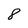
Character: 8